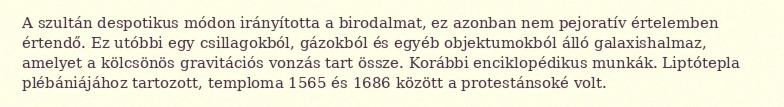
A szultán despotikus módon irányította a birodalmat, ez azonban nem pejoratív értelemben értendő. Ez utóbbi egy csillagokból, gázokból és egyéb objektumokból álló galaxishalmaz, amelyet a kölcsönös gravitációs vonzás tart össze. Korábbi enciklopédikus munkák. Liptótepla plébániájához tartozott, temploma 1565 és 1686 között a protestánsoké volt.